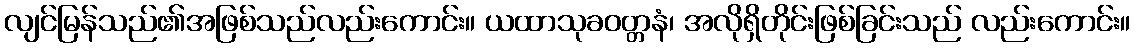
လျင်မြန်သည်၏အဖြစ်သည်လည်းကောင်း။ ယထာသုခဝတ္တနံ၊ အလိုရှိတိုင်းဖြစ်ခြင်းသည် လည်းကောင်း။